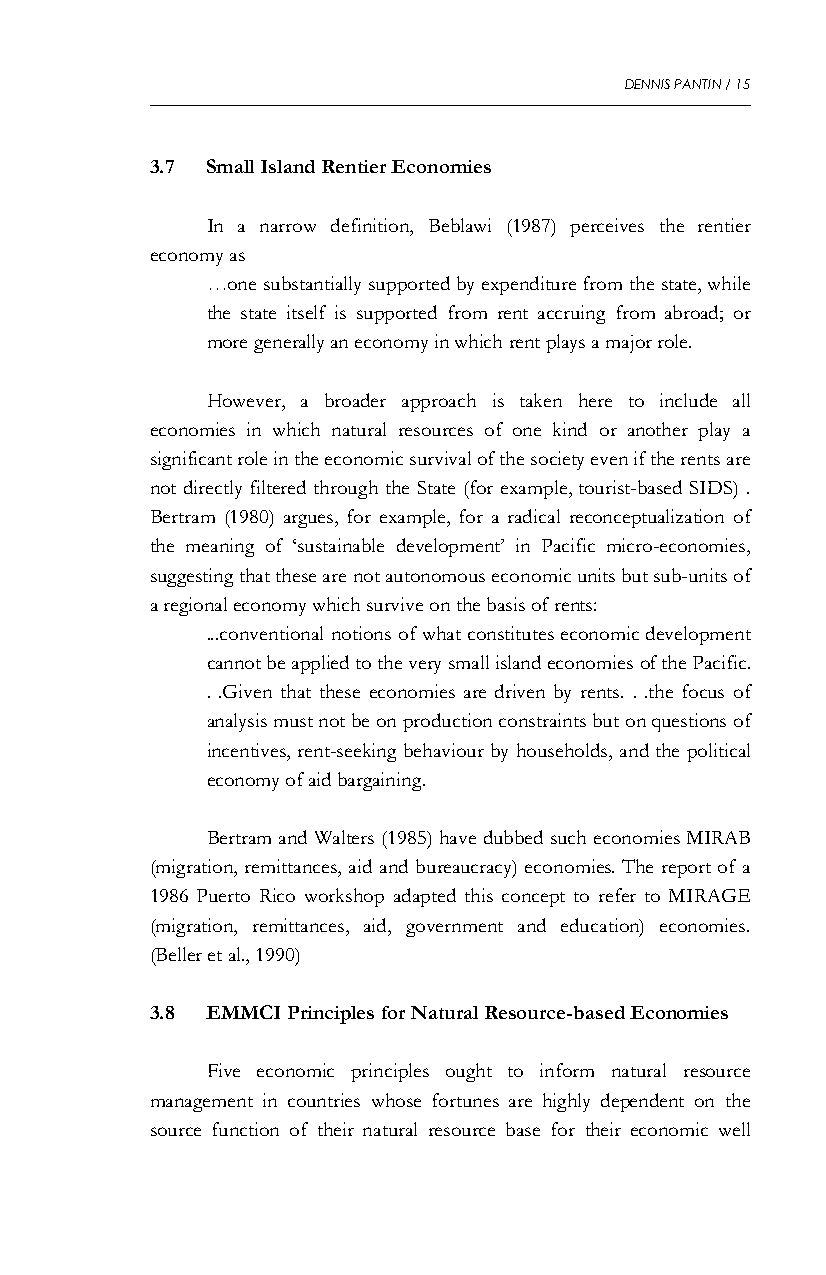
DENNIS PANTIN / 15
 3.7 Small Island Rentier Economies
 In a narrow definition, Beblawi (1987) perceives the rentier
 economy as
 …one substantially supported by expenditure from the state, while
 the state itself is supported from rent accruing from abroad; or
 more generally an economy in which rent plays a major role.
 However, a broader approach is taken here to include all
 economies in which natural resources of one kind or another play a
 significant role in the economic survival of the society even if the rents are
 not directly filtered through the State (for example, tourist-based SIDS) .
 Bertram (1980) argues, for example, for a radical reconceptualization of
 the meaning of ‘sustainable development’ in Pacific micro-economies,
 suggesting that these are not autonomous economic units but sub-units of
 a regional economy which survive on the basis of rents:
 ...conventional notions of what constitutes economic development
 cannot be applied to the very small island economies of the Pacific.
 . .Given that these economies are driven by rents. . .the focus of
 analysis must not be on production constraints but on questions of
 incentives, rent-seeking behaviour by households, and the political
 economy of aid bargaining.
 Bertram and Walters (1985) have dubbed such economies MIRAB
 (migration, remittances, aid and bureaucracy) economies. The report of a
 1986 Puerto Rico workshop adapted this concept to refer to MIRAGE
 (migration, remittances, aid, government and education) economies.
 (Beller et al., 1990)
 3.8 EMMCI Principles for Natural Resource-based Economies
 Five economic principles ought to inform natural resource
 management in countries whose fortunes are highly dependent on the
 source function of their natural resource base for their economic well